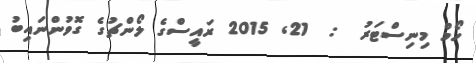
ހޯމް މިނިސްޓަރު  :  21